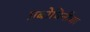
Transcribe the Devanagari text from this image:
प्रबोधिनीचा